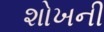
શોખની